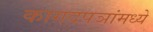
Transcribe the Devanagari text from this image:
कागदपञांमध्ये